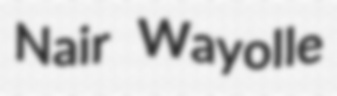
Nair Wayolle